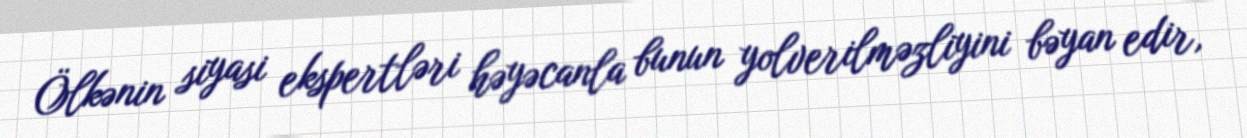
Ölkənin siyasi ekspertləri həyəcanla bunun yolverilməzliyini bəyan edir,